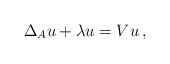
LaTeX: \begin{align*} \Delta_A u+\lambda u = V u \,,\end{align*}